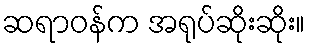
ဆရာဝန်က အရုပ်ဆိုးဆိုး။